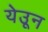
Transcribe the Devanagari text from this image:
येउून